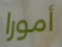
أمورا